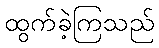
ထွက်ခဲ့ကြသည်